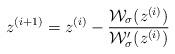
LaTeX: \begin{align*}z^{(i+1)}=z^{(i)}-\frac{\mathcal{W}_\sigma(z^{(i)})}{\mathcal{W}_\sigma^{\prime}(z^{(i)})} \end{align*}